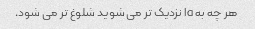
هر چه به la نزدیک تر می شوید شلوغ تر می شود.